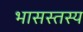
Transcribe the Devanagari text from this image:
भासस्तस्य